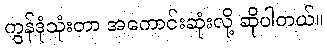
ကွန်ဒုံသုံးတာ အကောင်းဆုံးလို့ ဆိုပါတယ်။